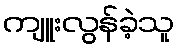
ကျူးလွန်ခဲ့သူ